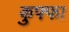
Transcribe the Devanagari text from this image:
कुफ्फा